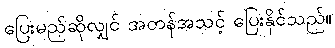
ပြေးမည်ဆိုလျှင် အတန်အသင့် ပြေးနိုင်သည်။